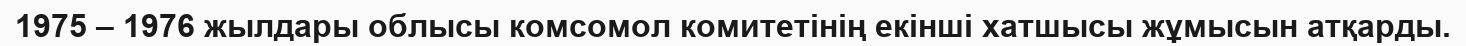
1975 – 1976 жылдары облысы комсомол комитетінің екінші хатшысы жұмысын атқарды.